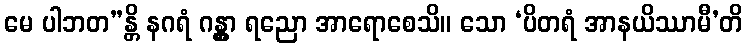
မေ ပါဘတ”န္တိ နဂရံ ဂန္တွာ ရညော အာရောစေသိ။ သော ‘ပိတရံ အာနယိဿာမီ’တိ